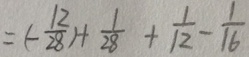
= ( - \frac { 1 2 } { 2 8 } ) + \frac { 1 } { 2 8 } + \frac { 1 } { 1 2 } - \frac { 1 } { 1 6 }